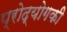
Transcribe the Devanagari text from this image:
प्रोद्योगकी